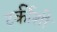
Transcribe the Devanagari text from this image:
टर्कीशी